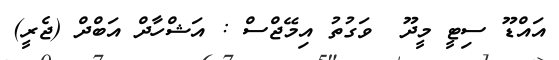
އައްޑޫ ސިޓީ މީދޫ  ވަގުތު އިމޭޖްސް : އަޝްހާދް އަބްދް (ޖެރީ)